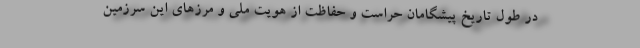
در طول تاریخ پیشگامان حراست و حفاظت از هویت ملی و مرزهای این سرزمین